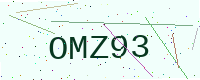
Text: OMZ93